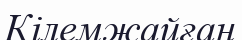
Кілемжайған